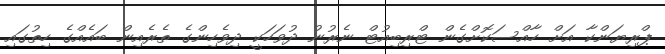
ޕްރިޔަންކާ އަށް ހާއްސަކޮށްގެން ޓްރިބިއުޓް ނެރުނު ދުވަހަކީ ދިވެހިންގެ ތެރެއިން ބައެއްގެ ހިތުގައި